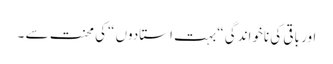
اور باقی کی ناخواندگی “بہت استادوں “کی محنت سے ۔